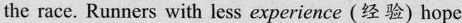
the race. Runners with less experience (经验) hope